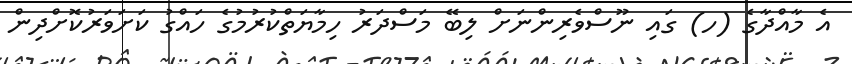
އެ މާއްދާގެ (ހ) ގައި ނޫސްވެރިންނަށް ލިބޭ މަސްދަރު ހިމާޔަތްކުރުމުގެ ހައްގު ކަށަވަރުކޮށްދިން